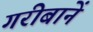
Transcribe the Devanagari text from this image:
गरीबानें